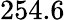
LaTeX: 254.6